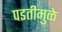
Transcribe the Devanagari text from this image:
पडतीमुळे